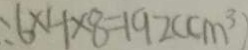
: 6 \times 4 \times 8 = 1 9 2 ( c m ^ { 3 } )